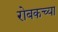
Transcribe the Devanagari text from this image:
रोबकच्या